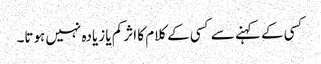
کسی کے کہنے سے کسی کے کلام کا اثر کم یا زیادہ نہیں ہوتا۔